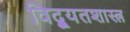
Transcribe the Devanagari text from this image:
विद्यूतशास्त्र